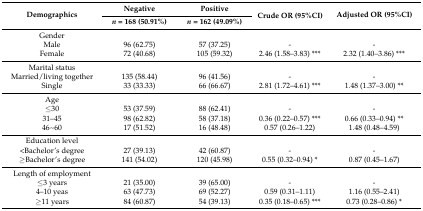
<table><thead><tr><td rowspan="2"><b>Demographics</b></td><td><b>Negative</b></td><td><b>Positive</b></td><td rowspan="2"><b>Crude OR (95%CI)</b></td><td rowspan="2"><b>Adjusted OR (95%CI)</b></td></tr><tr><td><b><i>n</i> = 168 (50.91%)</b></td><td><b><i>n</i> = 162 (49.09%)</b></td></tr></thead><tbody><tr><td>Gender</td><td></td><td></td><td></td><td></td></tr><tr><td>Male</td><td>96 (62.75)</td><td>57 (37.25)</td><td>-</td><td>-</td></tr><tr><td>Female</td><td>72 (40.68)</td><td>105 (59.32)</td><td>2.46 (1.58–3.83) ***</td><td>2.32 (1.40–3.86) ***</td></tr><tr><td>Marital status</td><td></td><td></td><td></td><td></td></tr><tr><td>Married/living together</td><td>135 (58.44)</td><td>96 (41.56)</td><td>-</td><td>-</td></tr><tr><td>Single</td><td>33 (33.33)</td><td>66 (66.67)</td><td>2.81 (1.72–4.61) ***</td><td>1.48 (1.37–3.00) **</td></tr><tr><td>Age</td><td></td><td></td><td></td><td></td></tr><tr><td>≤30</td><td>53 (37.59)</td><td>88 (62.41)</td><td>-</td><td>-</td></tr><tr><td>31–45</td><td>98 (62.82)</td><td>58 (37.18)</td><td>0.36 (0.22–0.57) ***</td><td>0.66 (0.33–0.94) **</td></tr><tr><td>46~60</td><td>17 (51.52)</td><td>16 (48.48)</td><td>0.57 (0.26–1.22)</td><td>1.48 (0.48–4.59)</td></tr><tr><td>Education level</td><td></td><td></td><td></td><td></td></tr><tr><td>&lt;Bachelor’s degree</td><td>27 (39.13)</td><td>42 (60.87)</td><td>-</td><td>-</td></tr><tr><td>≥Bachelor’s degree</td><td>141 (54.02)</td><td>120 (45.98)</td><td>0.55 (0.32–0.94) *</td><td>0.87 (0.45–1.67)</td></tr><tr><td>Length of employment</td><td></td><td></td><td></td><td></td></tr><tr><td>≤3 years</td><td>21 (35.00)</td><td>39 (65.00)</td><td>-</td><td>-</td></tr><tr><td>4–10 yeas</td><td>63 (47.73)</td><td>69 (52.27)</td><td>0.59 (0.31–1.11)</td><td>1.16 (0.55–2.41)</td></tr><tr><td>≥11 years</td><td>84 (60.87)</td><td>54 (39.13)</td><td>0.35 (0.18–0.65) ***</td><td>0.73 (0.28–0.86) *</td></tr></tbody></table>